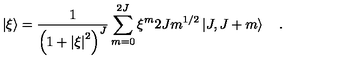
\left\vert { \xi } \right\rangle = { \frac { 1 } { \left( { 1 + { \vert \xi \vert } ^ { 2 } } \right) ^ { J } } } \sum _ { m = 0 } ^ { 2 J } \xi ^ { m } { \binom { 2 J } { m } } ^ { 1 / 2 } \left\vert { J , \- J + m } \right\rangle \quad .